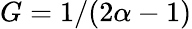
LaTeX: G=1/(2\alpha-1)